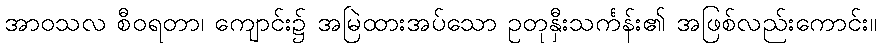
အာဝသလ စီဝရတာ၊ ကျောင်း၌ အမြဲထားအပ်သော ဥတုနှီးသင်္ကန်း၏ အဖြစ်လည်းကောင်း။